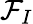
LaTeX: \mathcal{F}_{I}